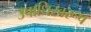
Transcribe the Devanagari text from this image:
उपाधिस्वरूप